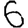
Digit: 6